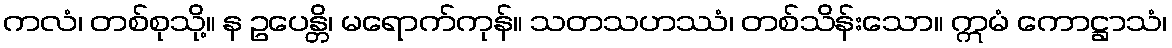
ကလံ၊ တစ်စုသို့။ န ဥပေန္တိ၊ မရောက်ကုန်။ သတသဟဿံ၊ တစ်သိန်းသော။ ဣမံ ကောဋ္ဌာသံ၊